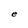
Character: d